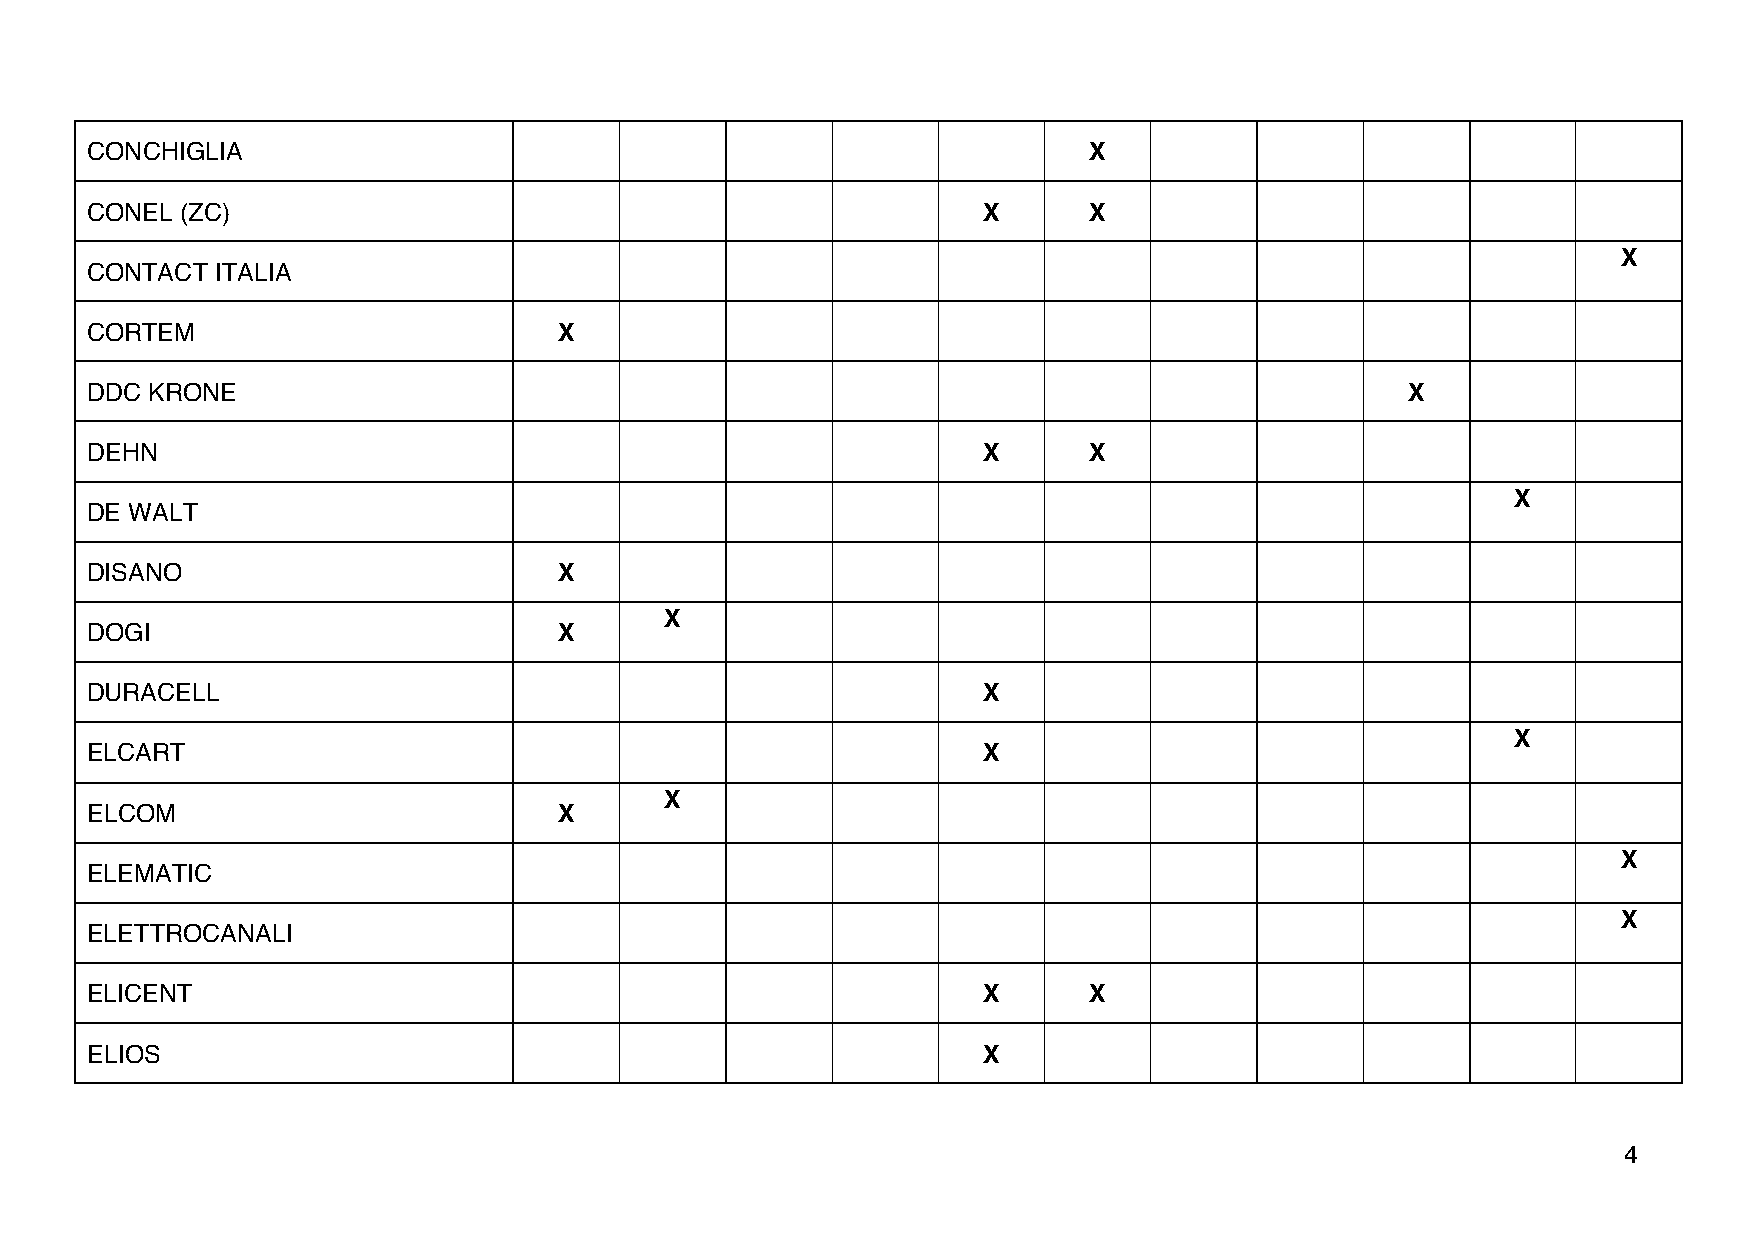
CONCHIGLIA                                                        X
 CONEL (ZC)                                                 X      X
 X
 CONTACT ITALIA
 CORTEM                         X
 DDC KRONE                                                                              X
 DEHN                                                       X      X
 X
 DE WALT
 DISANO                         X
 X
 DOGI                           X
 DURACELL                                                   X
 X
 ELCART                                                     X
 X
 ELCOM                          X
 X
 ELEMATIC
 X
 ELETTROCANALI
 ELICENT                                                    X      X
 ELIOS                                                      X
 4